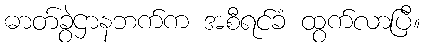
ဓာတ်ခွဲဌာနဘက်က အစီရင်ခံ ထွက်လာပြီ။